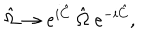
\hat { \Omega } \rightarrow e ^ { i \hat { C } } ~ \hat { \Omega } ~ e ^ { - i \hat { C } } ,